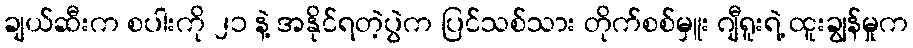
ချယ်ဆီးက စပါးကို ၂၁ နဲ့ အနိုင်ရတဲ့ပွဲက ပြင်သစ်သား တိုက်စစ်မှူး ဂျီရူးရဲ့ ထူးချွန်မှုက